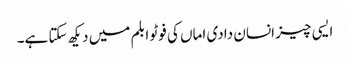
ایسی چیز انسان دادی اماں کی فوٹو ابلم میں دیکھ سکتا ہے۔